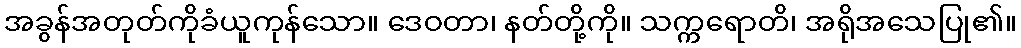
အခွန်အတုတ်ကိုခံယူကုန်သော။ ဒေဝတာ၊ နတ်တို့ကို။ သက္ကရောတိ၊ အရိုအသေပြု၏။